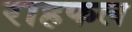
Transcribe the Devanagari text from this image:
राहफल